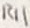
Text: R11